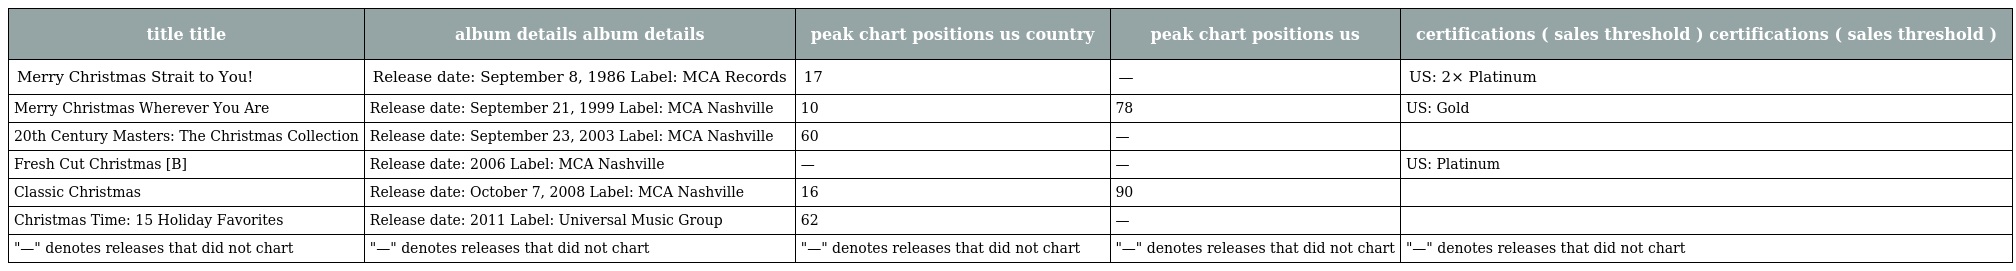
| title title | album details album details | peak chart positions us country | peak chart positions us | certifications ( sales threshold ) certifications ( sales threshold ) |
 | --- | --- | --- | --- | --- |
 | Merry Christmas Strait to You! | Release date: September 8, 1986 Label: MCA Records | 17 | — | US: 2× Platinum |
 | Merry Christmas Wherever You Are | Release date: September 21, 1999 Label: MCA Nashville | 10 | 78 | US: Gold |
 | 20th Century Masters: The Christmas Collection | Release date: September 23, 2003 Label: MCA Nashville | 60 | — |  |
 | Fresh Cut Christmas [B] | Release date: 2006 Label: MCA Nashville | — | — | US: Platinum |
 | Classic Christmas | Release date: October 7, 2008 Label: MCA Nashville | 16 | 90 |  |
 | Christmas Time: 15 Holiday Favorites | Release date: 2011 Label: Universal Music Group | 62 | — |  |
 | "—" denotes releases that did not chart | "—" denotes releases that did not chart | "—" denotes releases that did not chart | "—" denotes releases that did not chart | "—" denotes releases that did not chart |